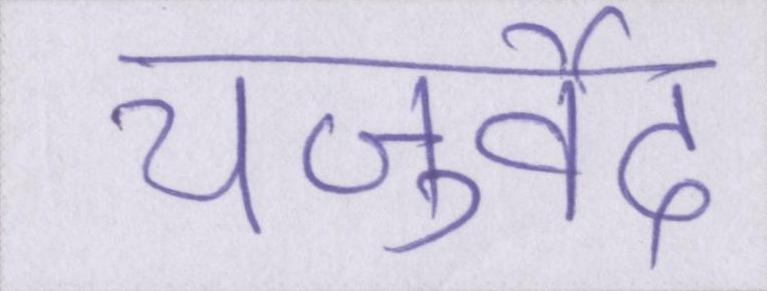
यजुर्वेद